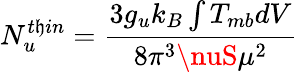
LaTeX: {N_{u}^{t\mathfrak{h}in}}=\frac{{3{g_{u}}k_{B}\int{T_{mb}dV}}}{{8\pi^{3}\nuS\mu^{2}}}